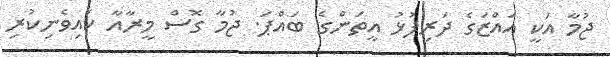
ޖުމާ އަކީ އައްޒަގެ ދަރިފުޅު އީތަންގެ ބައްޕަ. ޖުމާ ގޮސް މީރާއާ ކައިވެނިކުރި